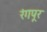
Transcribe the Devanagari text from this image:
रंगपूर